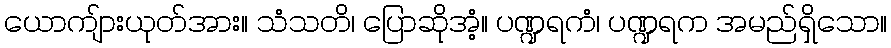
ယောကျ်ားယုတ်အား။ သံသတိ၊ ပြောဆိုအံ့။ ပဏ္ဍရကံ၊ ပဏ္ဍရက အမည်ရှိသော။